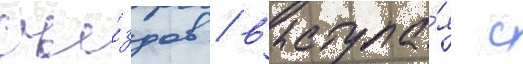
съе́здов / выступа́я с